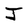
Character: J